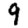
Digit: 9